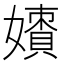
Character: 𡢲